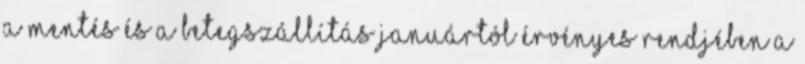
a mentés és a betegszállítás januártól érvényes rendjében a